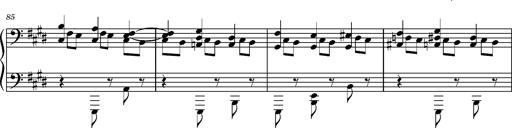
Title: PrÃ©ludes et Harmonies poÃ©tiques et religieuses
Composer: Franz Liszt